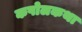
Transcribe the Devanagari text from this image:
कपोलकथा